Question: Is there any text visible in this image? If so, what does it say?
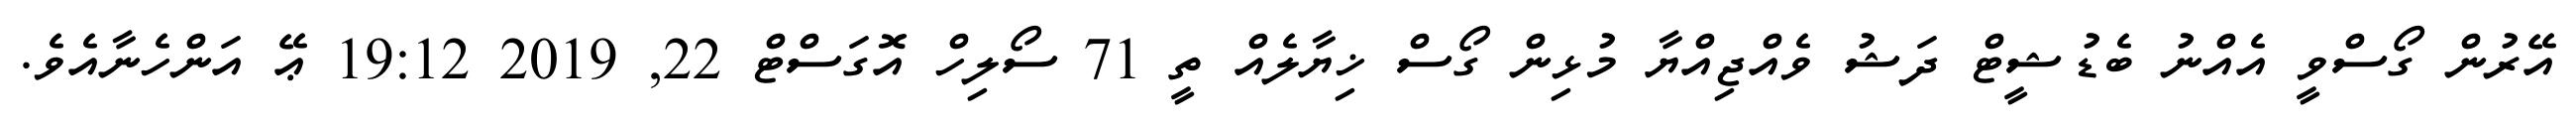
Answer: އޭރުން ގޯސްވީ އެއްނު ބެޑުޝީޓް ދަޝު ވެއްޖިއްޔާ މުޅިން ގޯސް ޚިޔާލެއް ތީ 71 ސޯލިހް އޮގަސްޓް 22, 2019 19:12 ޢޭ އަންހެނާއެވެ.